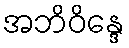
အဘိဝိန္ဒေ